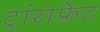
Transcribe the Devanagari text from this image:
ट्रांसफ़्रेट